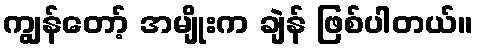
ကျွန်တော့် အမျိုးက ချဲန် ဖြစ်ပါတယ်။